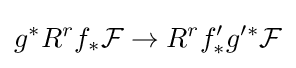
g^{*}R^{r}f_{*}{\mathcal {F}}\to R^{r}f'_{*}g'^{*}{\mathcal {F}}